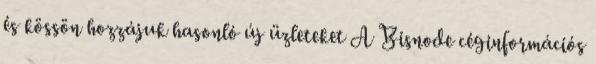
és kössön hozzájuk hasonló új üzleteket A Bisnode céginformációs